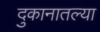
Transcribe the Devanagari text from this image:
दुकानातल्या